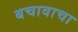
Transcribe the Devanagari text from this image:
बचावाचा